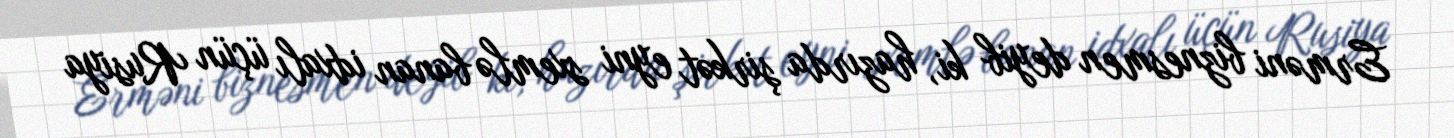
Erməni biznesmen deyib ki, hazırda şirkət eyni sxemlə banan idxalı üçün Rusiya